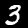
Digit: 3